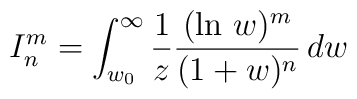
I_{n}^{m}=\int_{w_{0}}^{\infty }\frac{1}{z}\frac{(\ln\,w)^{m}}{(1+w)^{n}} \,dw